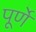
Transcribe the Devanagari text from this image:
पूर्णे